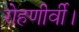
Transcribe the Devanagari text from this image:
रोहणीर्वी।